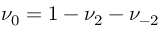
\nu _ { 0 } = 1 - \nu _ { 2 } - \nu _ { - 2 }